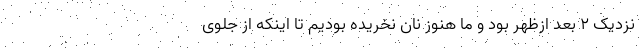
نزدیک 2 بعد ازظهر بود و ما هنوز نان نخریده بودیم تا اینکه از جلوی